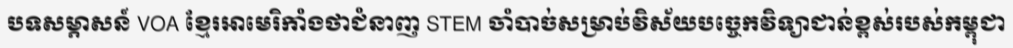
បទសម្ភាសន៍ VOA ខ្មែរអាមេរិកាំងថាជំនាញ STEM ចាំបាច់សម្រាប់វិស័យបច្ចេកវិទ្យាជាន់ខ្ពស់របស់កម្ពុជា